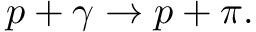
p + \gamma \rightarrow p + \pi .